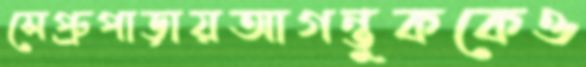
সেপ্রুপাড়ায়আগন্তুককেও